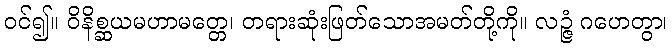
ဝင်၍။ ဝိနိစ္ဆယမဟာမတ္တေ၊ တရားဆုံးဖြတ်သောအမတ်တို့ကို။ လဉ္ဇံ ဂဟေတွာ၊